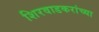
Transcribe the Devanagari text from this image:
शिरवाडकरांच्या